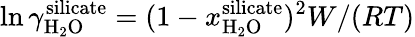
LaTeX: \ln{\gamma_{\mathrm{H_{2}O}}^{\mathrm{silicate}}}=(1-x_{\mathrm{H_{2}O}}^{\mathrm{silicate}})^{2}W/(RT)